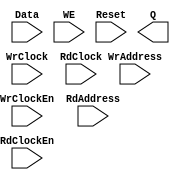
// --------------------------------------------------------------------
// >>>>>>>>>>>>>>>>>>>>>>>>> COPYRIGHT NOTICE <<<<<<<<<<<<<<<<<<<<<<<<<
// --------------------------------------------------------------------
// Copyright (c) 2005-2011 by Lattice Semiconductor Corporation
// --------------------------------------------------------------------
//
//
//                     Lattice Semiconductor Corporation
//                     5555 NE Moore Court
//                     Hillsboro, OR 97214
//                     U.S.A.
//
//                     TEL: 1-800-Lattice  (USA and Canada)
//                          1-408-826-6000 (other locations)
//
//                     web: http://www.latticesemi.com/
//
// --------------------------------------------------------------------
//
// Black Box definition for PMI Blocks
// fpga\verilog\pkg\versclibs\data\pmi\pmi_def.v 1.38 20-FEB-2014 15:15:03 FGAO2

module pmi_distributed_dpram 
  #(parameter pmi_addr_depth = 32,
    parameter pmi_addr_width = 5,
    parameter pmi_data_width = 8,
    parameter pmi_regmode = "reg",
    parameter pmi_init_file = "none",
    parameter pmi_init_file_format = "binary",
    parameter pmi_family = "EC",
    parameter module_type = "pmi_distributed_dpram")

    (
    input [(pmi_addr_width-1):0] WrAddress,
    input [(pmi_data_width-1):0] Data,
    input WrClock,
    input WE,
    input WrClockEn,
    input [(pmi_addr_width-1):0] RdAddress,
    input RdClock,
    input RdClockEn,
    input Reset,
    output [(pmi_data_width-1):0] Q)/* synthesis syn_black_box */;

endmodule // pmi_distributed_dpram

module pmi_distributed_spram 
  #(parameter pmi_addr_depth = 32,
    parameter pmi_addr_width = 5,
    parameter pmi_data_width = 8,
    parameter pmi_regmode = "reg",
    parameter pmi_init_file = "none",
    parameter pmi_init_file_format = "binary",
    parameter pmi_family = "EC",
    parameter module_type = "pmi_distributed_spram")

    (
     input [(pmi_addr_width-1):0] Address,
     input [(pmi_data_width-1):0] Data,
     input Clock,
     input ClockEn,
     input WE,
     input Reset,
     output [(pmi_data_width-1):0] Q)/* synthesis syn_black_box */;

endmodule // pmi_distributed_spram

module pmi_addsub #(parameter pmi_data_width = 8,
		    parameter pmi_result_width = 8,
		    parameter pmi_sign = "off",
		    parameter pmi_family = "EC",
		    parameter module_type = "pmi_addsub"
		    )
  
  (
   input [pmi_data_width-1:0] DataA,
   input [pmi_data_width-1:0] DataB,
   input Cin,
   input Add_Sub,
   output [pmi_data_width-1:0] Result,
   output Cout,
   output Overflow)/*synthesis syn_black_box */;
endmodule // pmi_addsub

module pmi_ram_dp
  #(parameter pmi_wr_addr_depth = 512,
    parameter pmi_wr_addr_width = 9,
    parameter pmi_wr_data_width = 18,
    parameter pmi_rd_addr_depth = 512,
    parameter pmi_rd_addr_width = 9,
    parameter pmi_rd_data_width = 18,
    parameter pmi_regmode = "reg",
    parameter pmi_gsr = "disable",
    parameter pmi_resetmode = "sync",
    parameter pmi_optimization = "speed",
    parameter pmi_init_file = "none",
    parameter pmi_init_file_format = "binary",
    parameter pmi_family = "EC",
    parameter module_type = "pmi_ram_dp")
    
    (input [(pmi_wr_data_width-1):0] Data,
     input [(pmi_wr_addr_width-1):0] WrAddress,
     input [(pmi_rd_addr_width-1):0] RdAddress,
     input  WrClock,
     input  RdClock,
     input  WrClockEn,
     input  RdClockEn,
     input  WE,
     input  Reset,
     output [(pmi_rd_data_width-1):0]  Q) /*synthesis syn_black_box*/;

endmodule // pmi_ram_dp

module pmi_ram_dq
  #(parameter pmi_addr_depth = 512,
    parameter pmi_addr_width = 9,
    parameter pmi_data_width = 18,
    parameter pmi_regmode = "reg",
    parameter pmi_gsr = "disable",
    parameter pmi_resetmode = "sync",
    parameter pmi_optimization = "speed",
    parameter pmi_init_file = "none",
    parameter pmi_init_file_format = "binary",
    parameter pmi_write_mode = "normal",
    parameter pmi_family = "EC",
    parameter module_type = "pmi_ram_dq")
    
    (input [(pmi_data_width-1):0]	Data,
     input [(pmi_addr_width-1):0] Address,
     input  Clock,
     input  ClockEn,
     input  WE,
     input  Reset,
     output [(pmi_data_width-1):0]  Q)/*synthesis syn_black_box*/;
   
endmodule // pmi_ram_dq

module pmi_rom
  #(parameter pmi_addr_depth = 512,
    parameter pmi_addr_width = 9,
    parameter pmi_data_width = 8,
    parameter pmi_regmode = "reg",
    parameter pmi_gsr = "disable",
    parameter pmi_resetmode = "sync",
    parameter pmi_optimization = "speed",
    parameter pmi_init_file = "none",
    parameter pmi_init_file_format = "binary",
    parameter pmi_family = "EC",
    parameter module_type = "pmi_rom")

    (input [(pmi_addr_width-1):0]	Address,
     input OutClock,
     input OutClockEn,
     input Reset,
     output [(pmi_data_width-1):0] Q)/*synthesis syn_black_box*/;

endmodule // pmi_rom